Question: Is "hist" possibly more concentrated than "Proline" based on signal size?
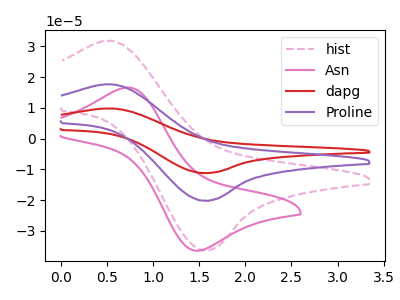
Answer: <think>The pink dashed curve "hist" has an anodic peak at (0.55V, 31.85uA) and a cathodic peak at (1.55V, -36.35uA). The pink curve "Asn" has an anodic peak at (0.70V, 16.60uA) and a cathodic peak at (1.50V, -36.45uA). The red curve "dapg" has an anodic peak at (0.55V, 35.35uA) and a cathodic peak at (1.55V, -40.35uA). The purple curve "Proline" has an anodic peak at (0.55V, 17.65uA) and a cathodic peak at (1.55V, -20.20uA).
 All the peaks in "hist" have a peak in "Proline" at the same potential. Every peak in "hist" is higher than every peak in "Proline".</think>
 <answer>"hist" has more signal than "Proline".</answer>
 <eval>more_signal</eval>